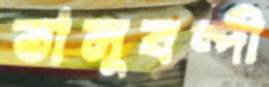
তালুবন্দী